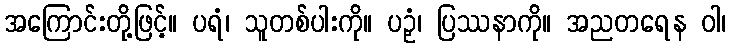
အကြောင်းတို့ဖြင့်။ ပရံ၊ သူတစ်ပါးကို။ ပဉှံ၊ ပြဿနာကို။ အညတရေန ဝါ၊